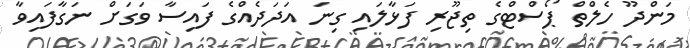
މަންދޫ ހެލްތް ޕޯސްޓްގެ ތިޖޫރި ފަޅާލައި ގިނަ އަދަދެއްގެ ފައިސާ ވަގަށް ނަގާފައިވާ